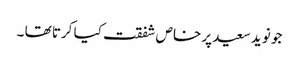
جو نوید سعید پر خاص شفقت کیا کرتا تھا ۔